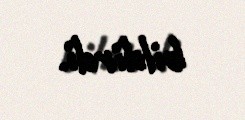
bildirdi.